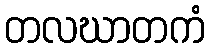
တလဃာတကံ